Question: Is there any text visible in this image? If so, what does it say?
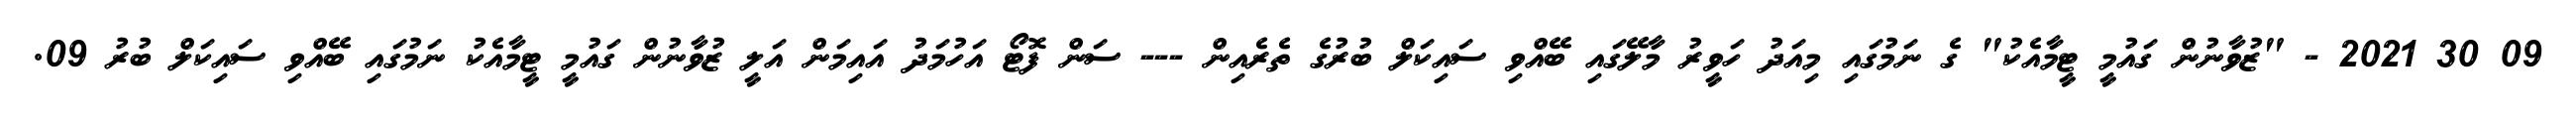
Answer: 09 30 2021 - "ޒުވާނުން ގައުމީ ޓީމާއެކު" ގެ ނަމުގައި މިއަދު ހަވީރު މާލޭގައި ބޭއްވި ސައިކަލް ބުރުގެ ތެރެއިން --- ސަން ފޮޓޯ އަހުމަދު އައިމަން އަލީ ޒުވާނުން ގައުމީ ޓީމާއެކު ނަމުގައި ބޭއްވި ސައިކަލް ބުރު 09.